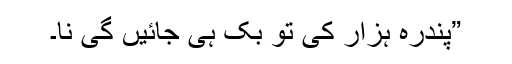
”پندرہ ہزار کی تو بک ہی جائیں گی نا۔